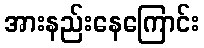
အားနည်းနေကြောင်း